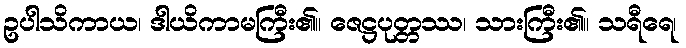
ဥပါသိကာယ၊ ဒါယိကာမကြီး၏။ ဇေဋ္ဌပုတ္တဿ၊ သားကြီး၏။ သရီရေ၊